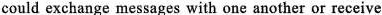
could exchange messages with one another or receive